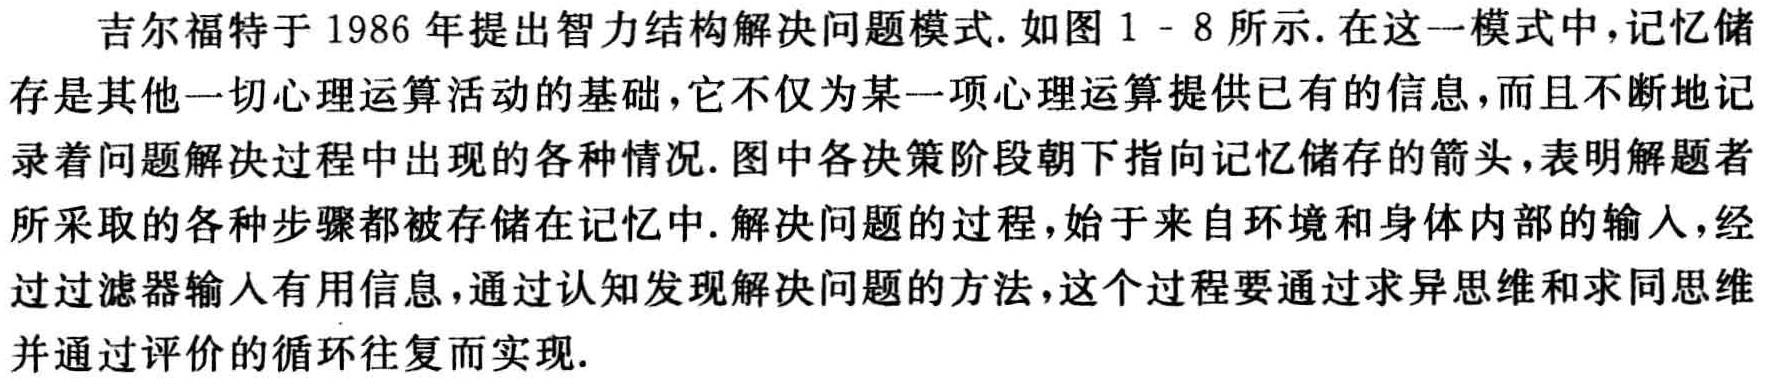
吉尔福特于 1986 年提出智力结构解决问题模式. 如图 1 - 8 所示. 在这一模式中,记忆储存是其他一切心理运算活动的基础,它不仅为某一项心理运算提供已有的信息,而且不断地记录着问题解决过程中出现的各种情况. 图中各决策阶段朝下指向记忆储存的箭头,表明解题者所采取的各种步骤都被存储在记忆中. 解决问题的过程,始于来自环境和身体内部的输入,经过过滤器输人有用信息,通过认知发现解决问题的方法,这个过程要通过求异思维和求同思维并通过评价的循环往复而实现.